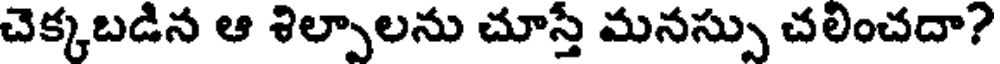
చెక్కబడిన ఆ శిల్పాలను చూస్తే మనస్సు చలించదా?